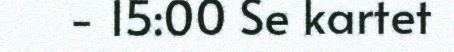
- 15:00 Se kartet